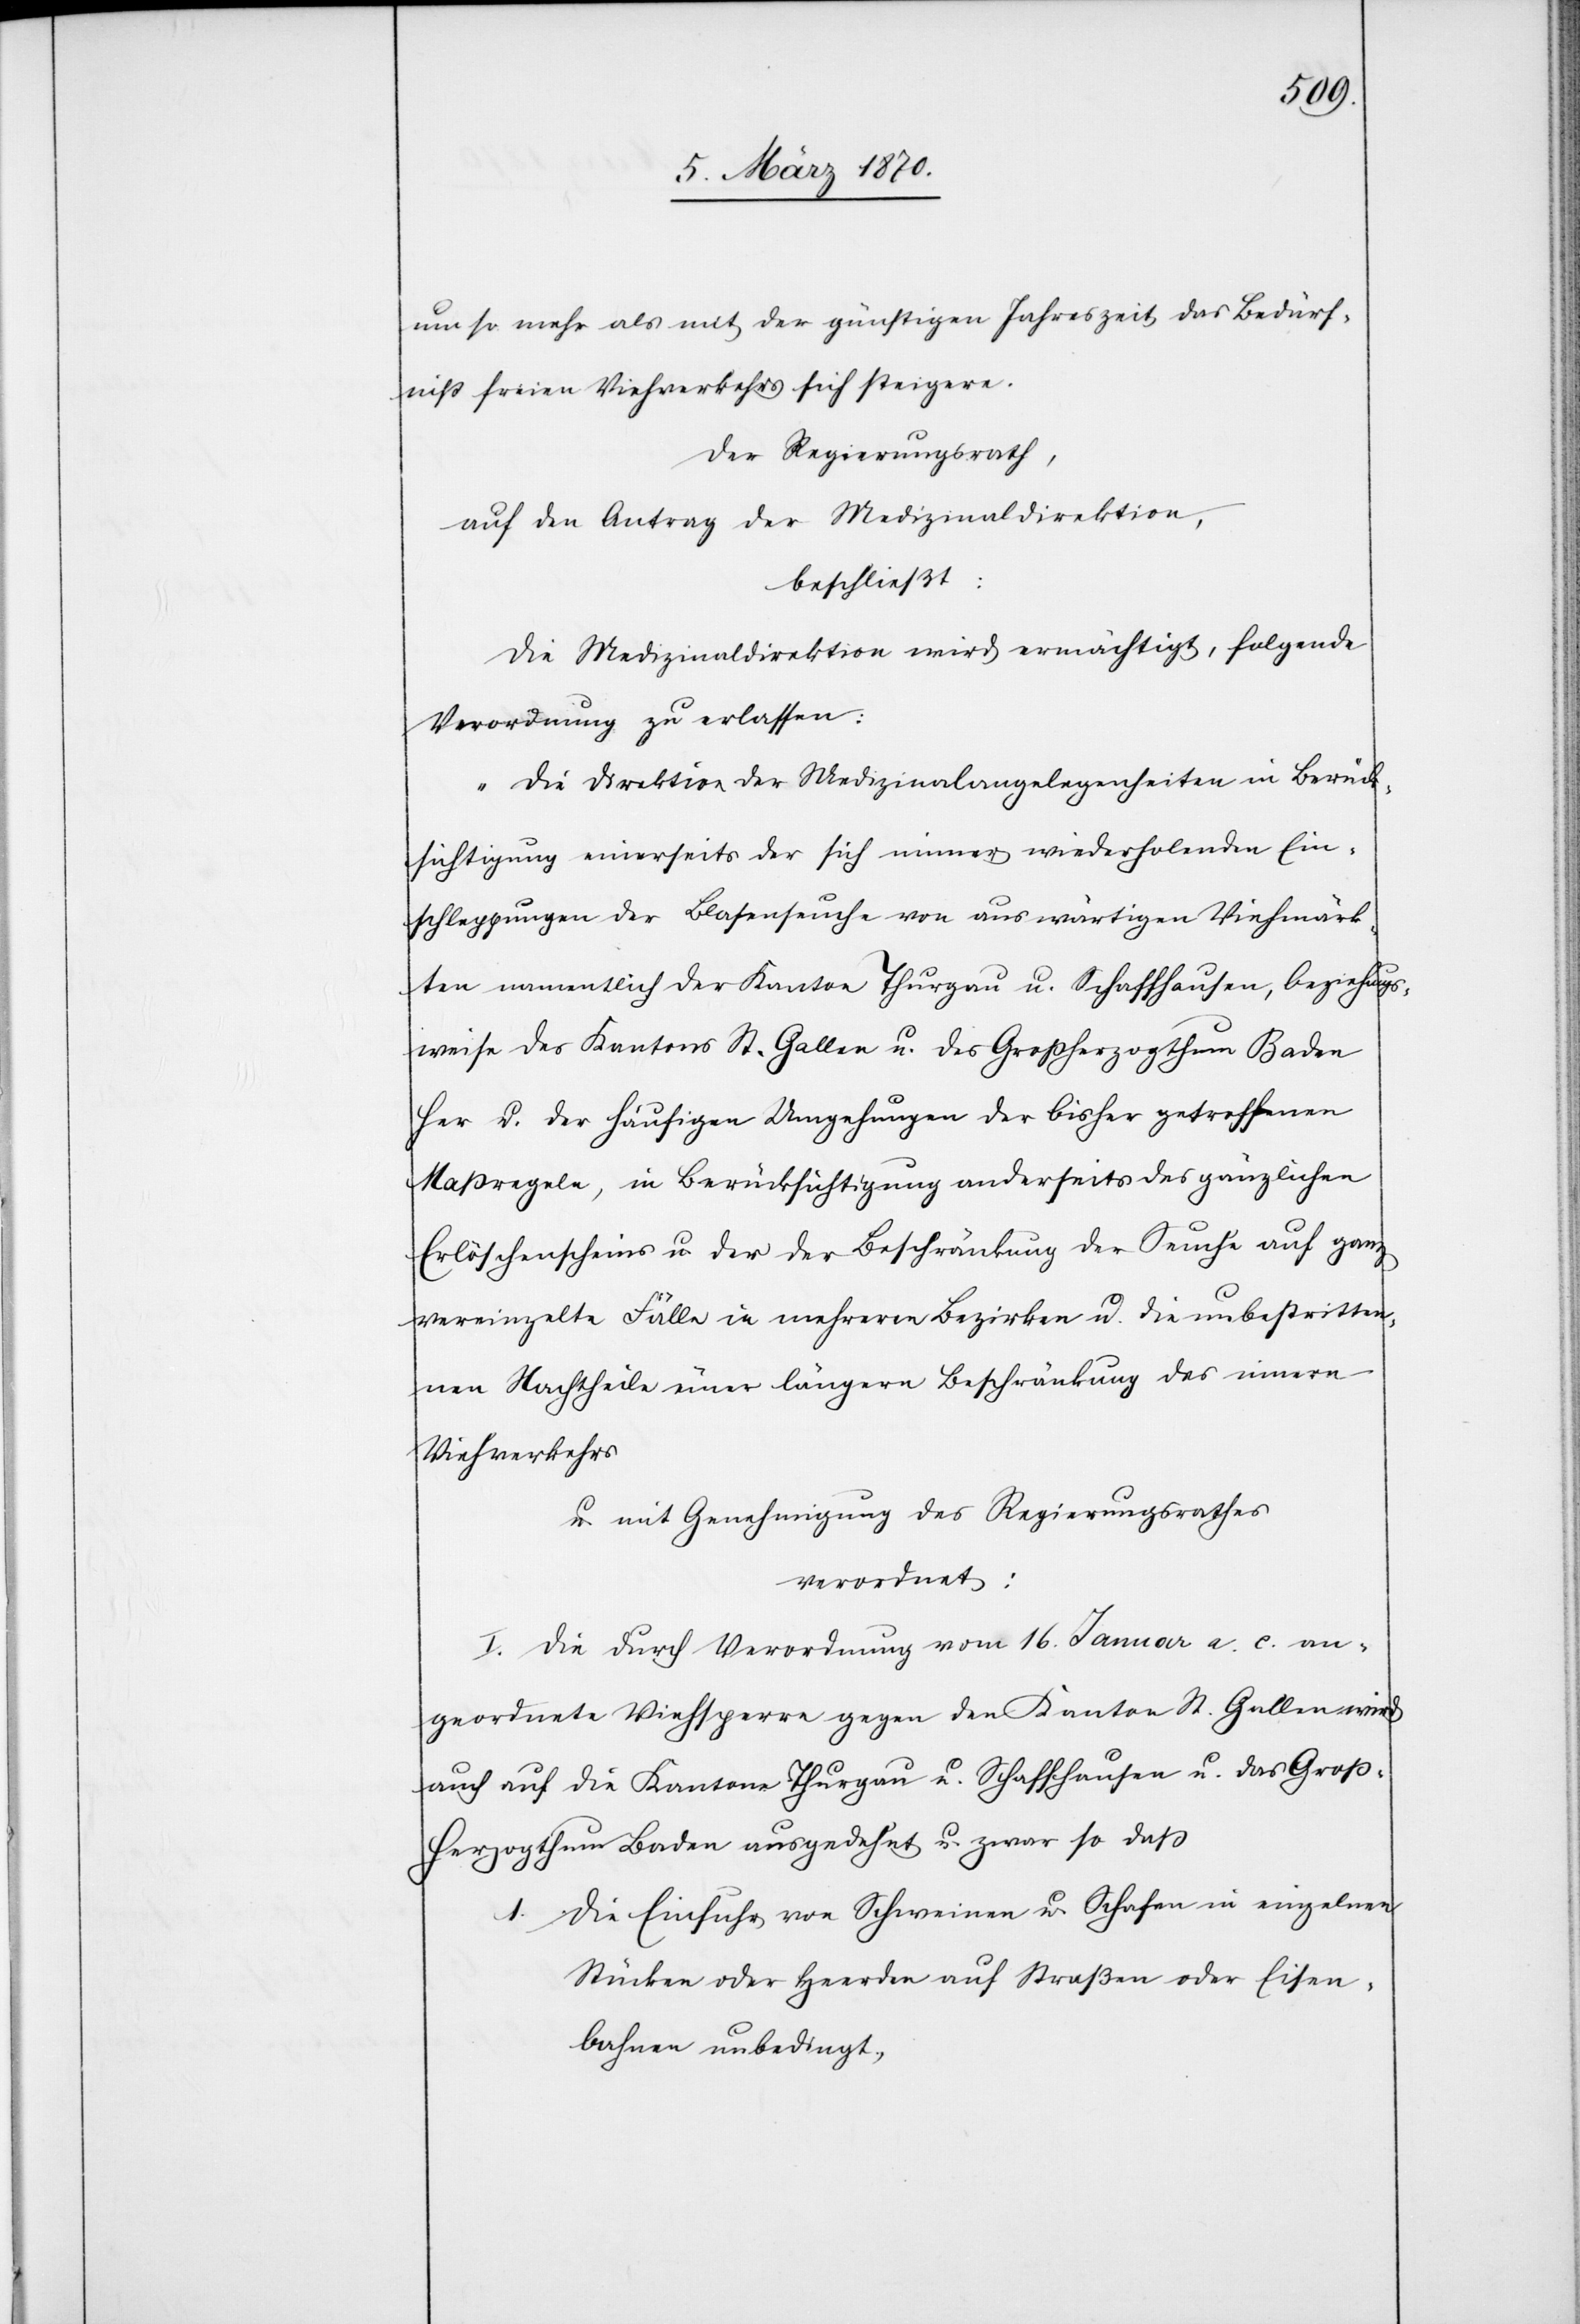
um so mehr als mit der günstigen Jahreszeit das Bedürf¬
niß freien Viehverkehrs sich steigere.
Der Regierungsrath,
auf den Antrag der Medizinaldirektion,
beschließt:
Die Medizinaldirektion wird ermächtigt, folgende
Verordnung zu erlassen:
„Die Direktion der Medizinalangelegenheiten in Berück¬
sichtigung einerseits der sich immer wiederholenden Ein¬
schleppungen der Blasenseuche von auswärtigen Viehmärk¬
ten namentlich der Kanto[n]e Thurgau u. Schaffhausen, beziehungs¬
weise des Kantons St. Gallen u. des Großherzogthum Baden
her u. der häufigen Umgehungen der bisher getroffenen
Maßregeln, in Berücksichtigung anderseits des Erlöschenscheins
vereinzelte Fälle in mehreren Bezirken u. die unbestritte¬
nen Nachtheile einer längern Beschränkung des innern
Viehverkehrs
u. mit Genehmigung des Regierungsrathes
verordnet:
I. Die durch Verordnung vom 16. Januar a. c. an¬
geordnete Viehsperre gegen den Kanton St. Gallen wird
auch auf die Kantone Thurgau u. Schaffhausen u. das Groß-H¬
erzogthum Baden ausgedehnt u. zwar so daß
1. Die Einfuhr von Schweinen u. Schafen in einzelnen
Stücken oder Heerden auf Straßen oder Eisen¬
bahnen unbedingt,